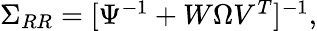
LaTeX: \begin{array}{r}{\Sigma_{RR}=[\Psi^{-1}+W\Omega V^{T}]^{-1},}\end{array}